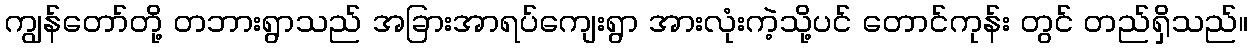
ကျွန်တော်တို့ တဘားရွာသည် အခြားအာရပ်ကျေးရွာ အားလုံးကဲ့သို့ပင် တောင်ကုန်း တွင် တည်ရှိသည်။